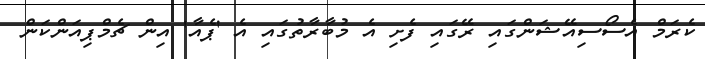
ކެރަމް އެސޯސިއޭޝަންގައި ރޭގައި ފެށި އެ މުބާރާތުގައި އެ 'ޕެއާ' އިން ޗެމްޕިއަންކަން